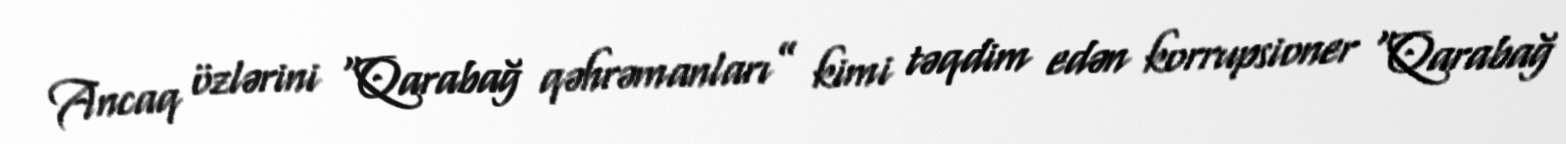
Ancaq özlərini “Qarabağ qəhrəmanları” kimi təqdim edən korrupsioner “Qarabağ